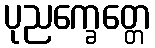
ပုညက္ခေတ္တေ